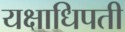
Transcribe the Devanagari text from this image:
यक्षाधिपती